Report on sanitation, dispensaries, and jails in Rajputana for 1915, and on vaccination for the year 1915-1916 - 1915-1916
Year: 1915
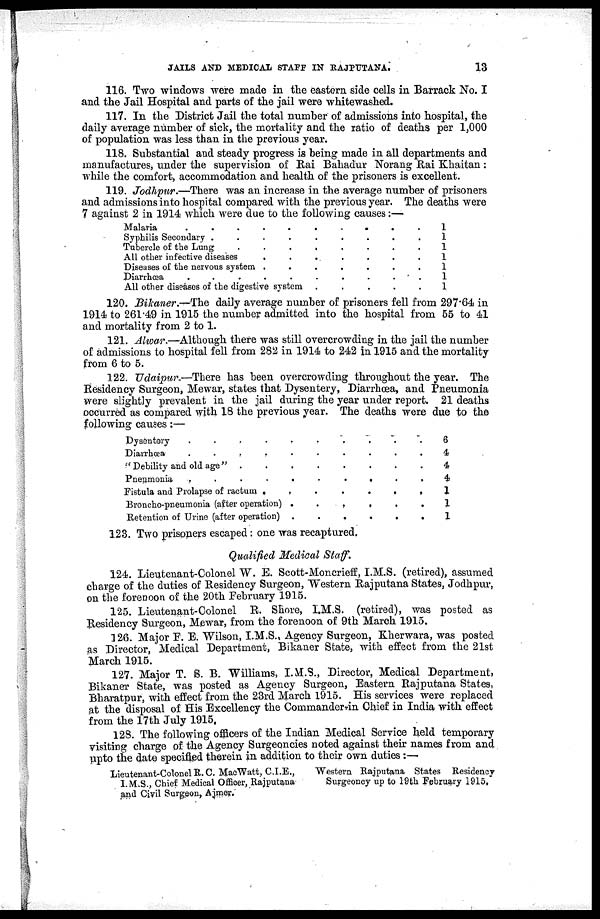
JAILS AND MEDICAL STAFF IN RAJPUTANA.
13
116. Two windows were made in the eastern side cells in Barrack No. I
and the Jail Hospital and parts of the jail were whitewashed.
117. In the District Jail the total number of admissions into hospital, the
daily average number of sick, the mortality and the ratio of deaths per 1,000
of population was less than in the previous year.
118. Substantial and steady progress is being made in all departments and
manufactures, under the supervision of Rai Bahadur Norang Rai Khaitan:
while the comfort, accommodation and health of the prisoners is excellent.
119. Jodhpur.—There was an increase in the average number of prisoners
and admissions into hospital compared with the previous year. The deaths were
7 against 2 in 1914 which were due to the following causes:—
Malaria
.
.
.
.
.
.
.
.
.
.
Syphilis Secondary .
.
.
.
.
.
.
.
.
Tubercle of the Lung
.
.
.
.
.
.
.
.
All other infective diseases
.
. . . . . .
Diseases of the nervous system .
.
.
.
.
.
.
Diarrhœa
.
.
.
.
.
.
.
.
.
All other diseases of the digestive system .
.
.
.
.
1
1
1
1
1
1
1
120. Bikaner.—The daily average number of prisoners fell from 297.64 in
1914 to 261.49 in 1915 the number admitted into the hospital from 55 to 41
and mortality from 2 to 1.
121. Alwar.—Although there was still overcrowding in the jail the number
of admissions to hospital fell from 282 in 1914 to 242 in 1915 and the mortality
from 6 to 5.
122. Udaipur.—There has been overcrowding throughout the year. The
Residency Surgeon, Mewar, states that Dysentery, Diarrhœa, and Pneumonia
were slightly prevalent in the jail during the year under report. 21 deaths
occurred as compared with 18 the previous year. The deaths were due to the
following causes:—
Dysentery
.
.
.
.
.
.
.
.
.
.
Diarrhœa
.
.
.
.
.
.
.
.
.
" Debility and old age" .
.
.
.
.
.
.
.
Pneumonia
.
.
.
.
.
.
.
.
.
.
Fistula and Prolapse of ractum
.
.
.
.
.
.
.
Broncho-pneumonia (after operation) .
.
.
.
.
.
Retention of Urine (after operation) .
.
.
.
.
.
6
4
4
4
1
1
1
123. Two prisoners escaped: one was recaptured.
Qualified Medical Staff.
124. Lieutenant-Colonel W. E. Scott-Moncrieff, I.M.S. (retired), assumed
charge of the duties of Residency Surgeon, Western Rajputana States, Jodhpur,
on the forenoon of the 20th February 1915.
125. Lieutenant-Colonel R. Shore, I.M.S. (retired), was posted as
Residency Surgeon, Mewar, from the forenoon of 9th March 1915.
126. Major F. E. Wilson, I.M.S., Agency Surgeon, Kherwara, was posted
as Director, Medical Department, Bikaner State, with effect from the 21st
March 1915.
127. Major T. S. B. Williams, I. M.S., Director, Medical Department,
Bikaner State, was posted as Agency Surgeon, Eastern Rajputana States,
Bharatpur, with effect from the 23rd March 1915. His services were replaced
at the disposal of His Excellency the Commander-in Chief in India with effect
from the 17th July 1915.
128. The following officers of the Indian Medical Service held temporary
visiting charge of the Agency Surgeoncies noted against their names from and
upto the date specified therein in addition to their own duties :—
Lieutenant-Colonel R. C. MacWatt, C.I.E.,
I. M.S., Chief Medical Officer, Rajputana
and Civil Surgeon, Ajmer.
Western Rajputana States Residency
Surgeoncy up to 19th February 1915.